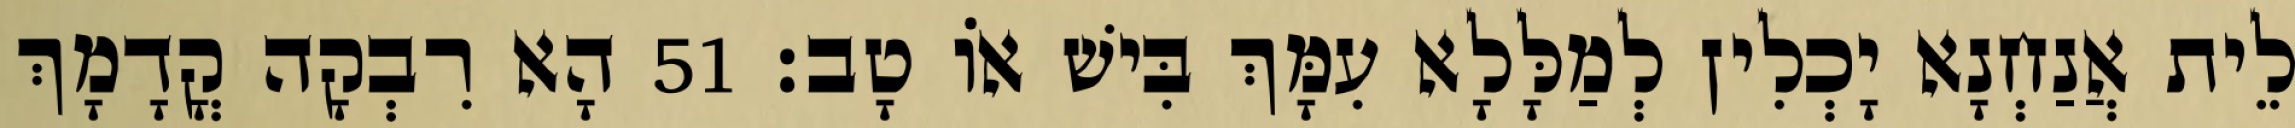
לֵית אֲנַחְנָא יָכְלִין לְמַלָּלָא עִמָּךְ בִּישׁ אוֹ טָב׃ 51 הָא רִבְקָה קֳדָמָךְ